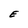
Character: E